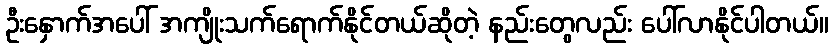
ဦးနှောက်အပေါ် အကျိုးသက်ရောက်နိုင်တယ်ဆိုတဲ့ နည်းတွေလည်း ပေါ်လာနိုင်ပါတယ်။